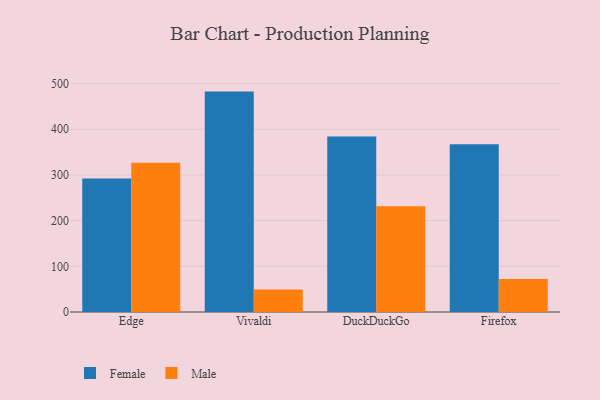
{"axis": {"x": "Browser", "y": "Headcount"}, "legend": ["Female", "Male"], "data": [{"x": "Edge", "y": 292.4, "type": "Female"}, {"x": "Edge", "y": 326.9, "type": "Male"}, {"x": "Vivaldi", "y": 482.4, "type": "Female"}, {"x": "Vivaldi", "y": 49.5, "type": "Male"}, {"x": "DuckDuckGo", "y": 384.2, "type": "Female"}, {"x": "DuckDuckGo", "y": 231.3, "type": "Male"}, {"x": "Firefox", "y": 367.3, "type": "Female"}, {"x": "Firefox", "y": 72.3, "type": "Male"}]}